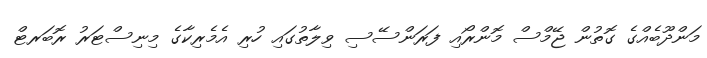
މަންދޫބެއްގެ ގޮތުން ޖޭމްސް މޮންރޯއި ފަރަންސޭސި ވިލާތުގައި ހުރި އެމެރިކާގެ މިނިސްޓަރު ރޮބަރޓް